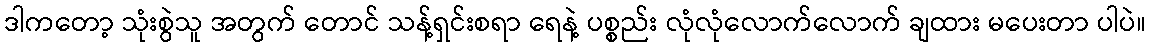
ဒါကတော့ သုံးစွဲသူ အတွက် တောင် သန့်ရှင်းစရာ ရေနဲ့ ပစ္စည်း လုံလုံလောက်လောက် ချထား မပေးတာ ပါပဲ။